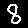
Digit: 8